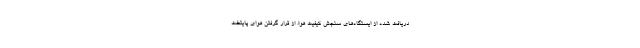
دریافت شده از ایستگاه‌های سنجش کیفیت هوا، از قرار گرفتن هوای پایتخت